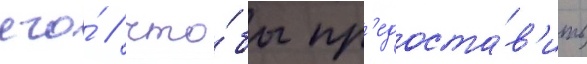
его́ / что́бы пр'едоста́в'ить